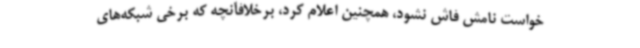
خواست نامش فاش نشود، همچنین اعلام کرد، برخلافآنچه که برخی شبکه‌های